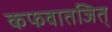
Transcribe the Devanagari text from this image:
कफवातजित्